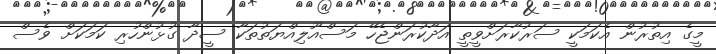
މީގެ އިތުރުން އެކަމަކީ ސަރުކާރަށްވީތީ އަދާކުރަންޖެހޭ މަސްއޫލިއްޔަތުތަކާ ސީދާ ގުޅުންހުރި ކަމަކަށް ވެސް